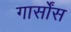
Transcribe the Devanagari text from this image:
गार्सोंस